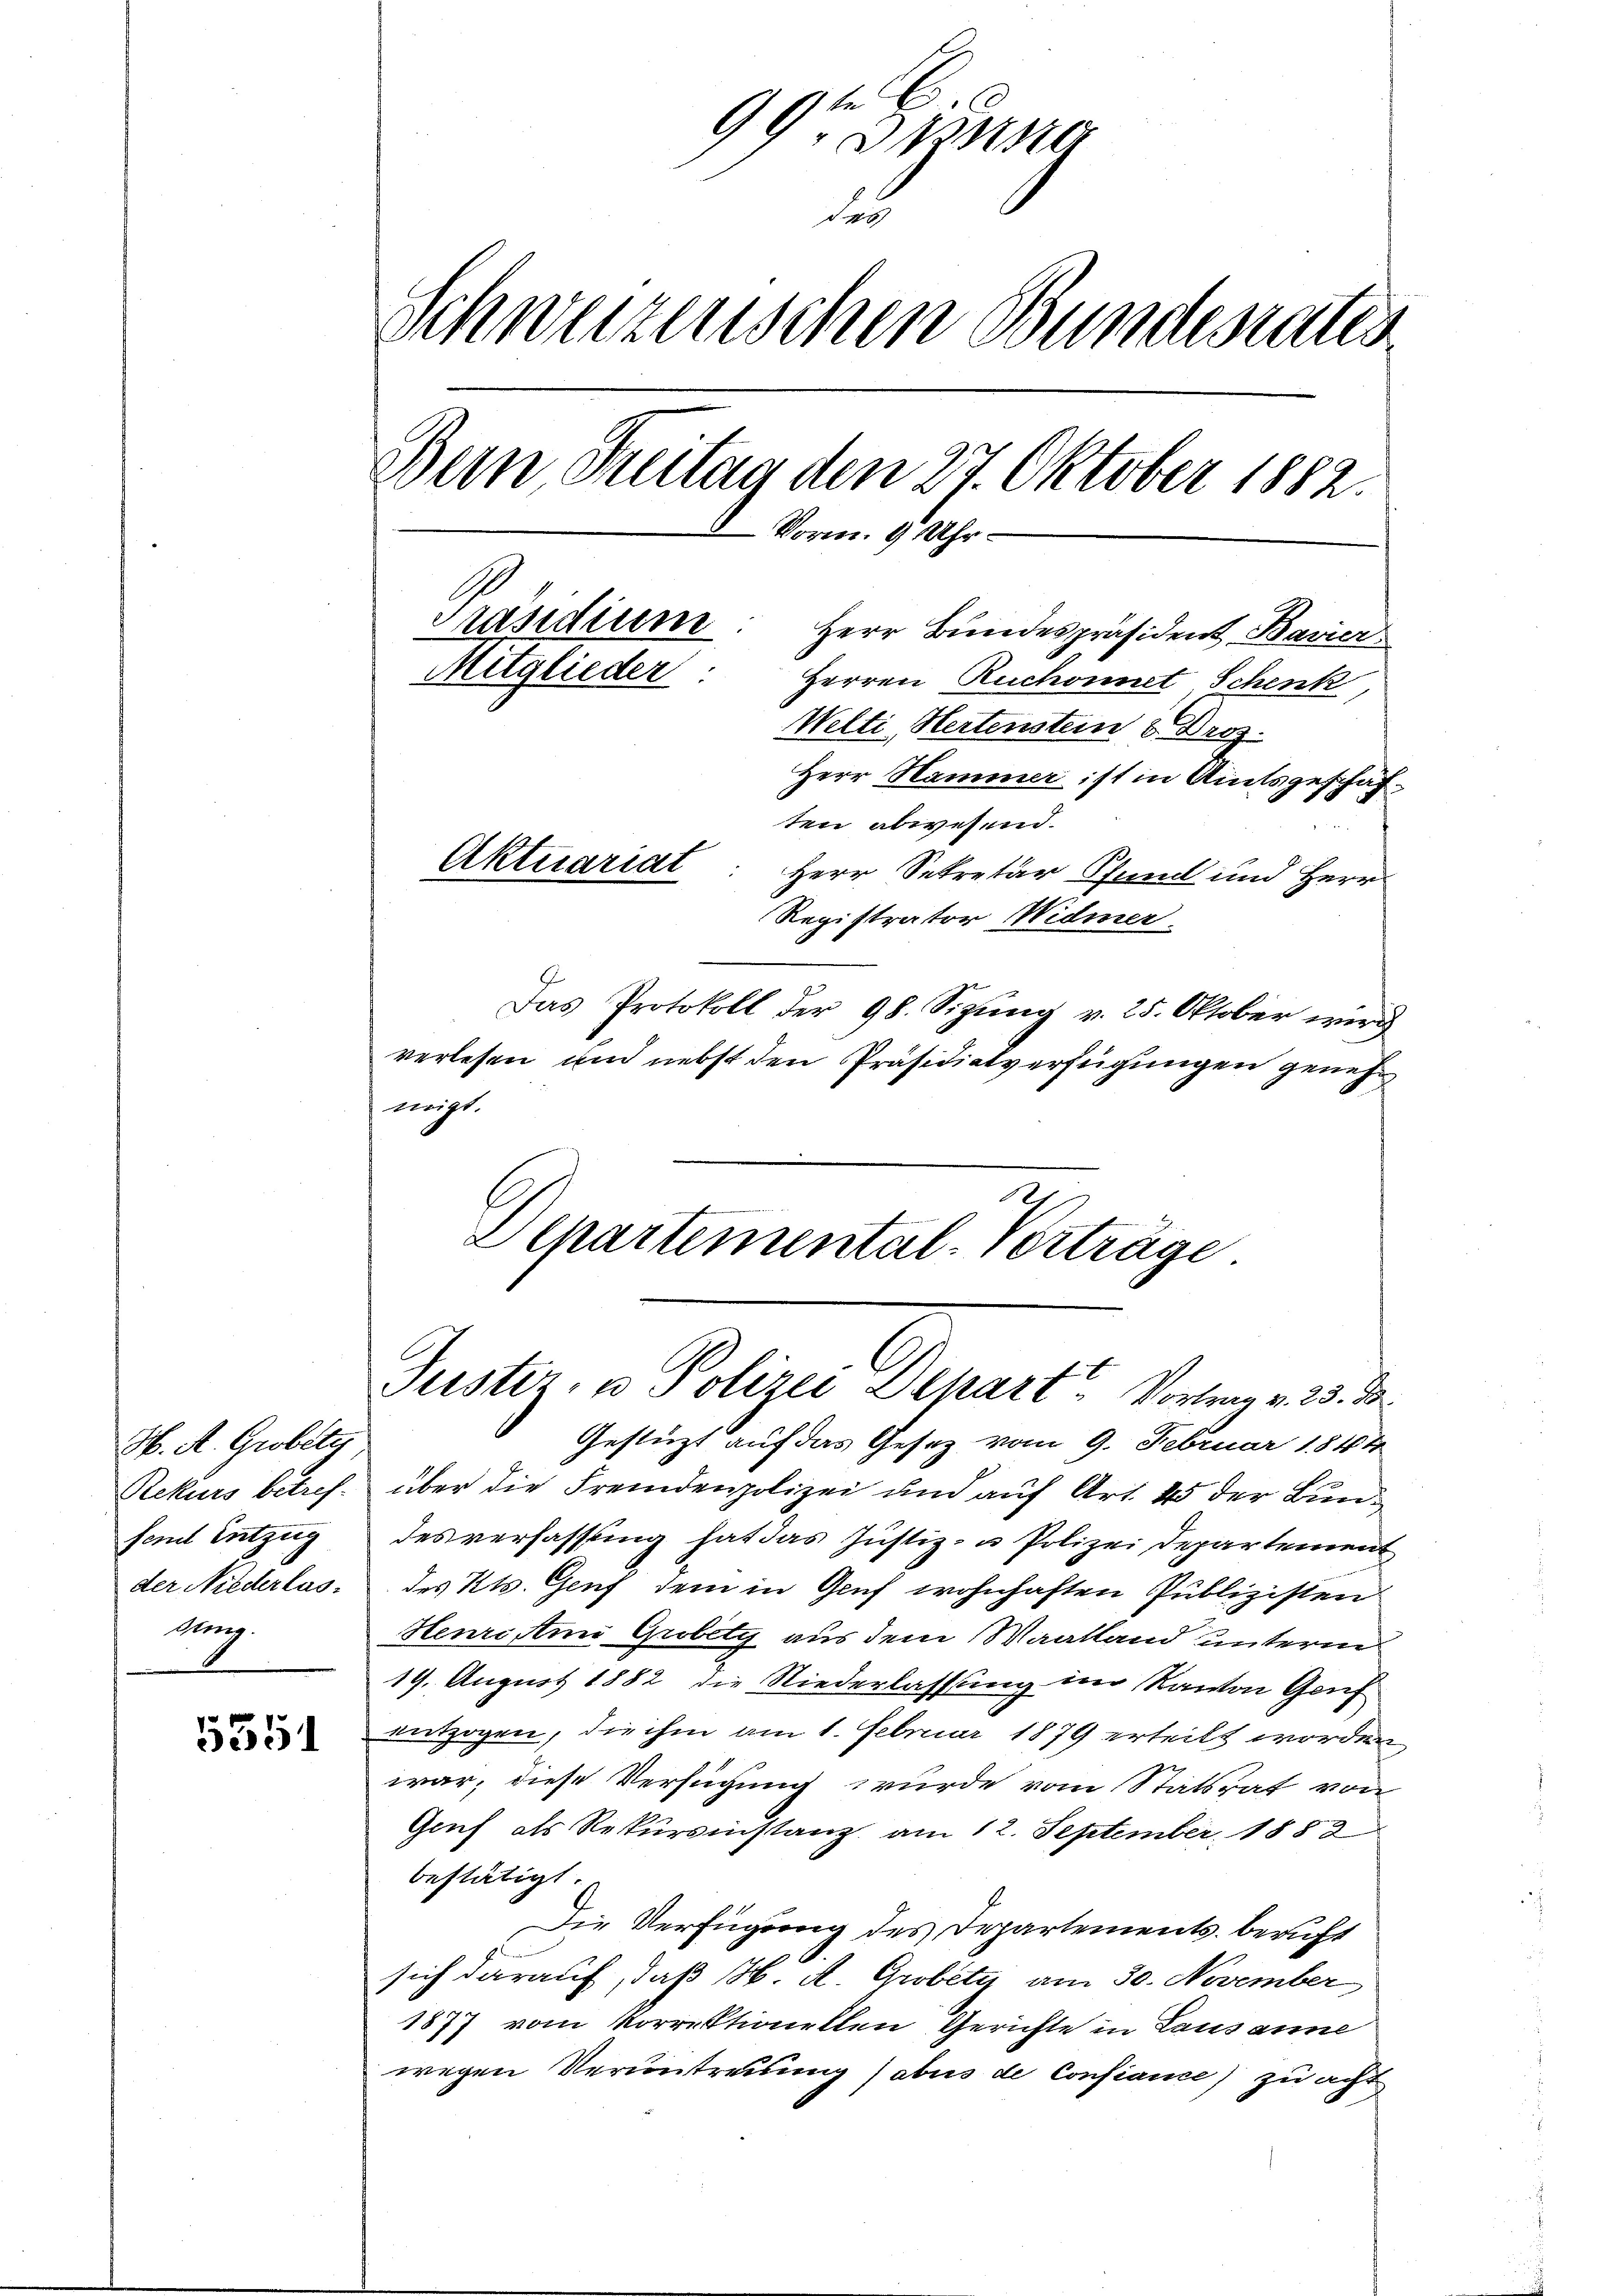
H. A. Grobsta
Rekurs betref-
fend Entzug
der Niederlaslung.

5551

99ten Distra
des
Schweizerischen Bundesrats
Bern Freitag den 27. Oktober 1882.
Vorm. 9 Uhr
Präsidium
Herr Bundespräsident Bavier
Mitglieder.
Herren Ruchonnet Schenk,
Welti, Hertenstein u. Droz.
Herr Hammer ist in Amtsgeschäften abwesend.
Aktuariat
Herr Sekretär Pfund und Herr
Registrator Widmer.

Das Protokoll der 98. Sizŭng v. 25. Oktober wird
verlesen und nebst den Präsidialverfügungen genehneigt.

Gestüzt auf das Gesetz vom 9. Februar 1844
über die Fremdenpolizei und auf Art. 45 der Bundesverfassung hat das Justiz- u Polizei Departement
des Kts. Genf dem in Genf wohnhaften Publizisten
Henrc Ami Grobety aus dem Waatland unterm
19. August 1882 die Niederlassung im Kanton Genf
entzogen, die ihm am 1. Februar 1879 erteilt worden,
war, diese Versuchung wurde vom Statsrat von
Gruf als Rekursinstanz am 12. September 1888
bestätigt.
Die Verfügung des Departements beruft
sich darauf, daß H. A. Grobety am 30. November
1877 vom Korrektionellen Gerichte in Lausanne
wegen Veruntreuung (abus de Confiance) zu acht

Departemental-Vorträge
Justiz- u Polizei Depart Vortrag v. 25. d.